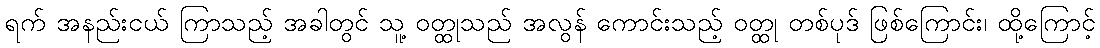
ရက် အနည်းငယ် ကြာသည့် အခါတွင် သူ့ ဝတ္ထုသည် အလွန် ကောင်းသည့် ဝတ္ထု တစ်ပုဒ် ဖြစ်ကြောင်း၊ ထို့ကြောင့်